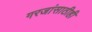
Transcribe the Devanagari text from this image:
गरजांसाठीही